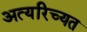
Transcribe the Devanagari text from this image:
अत्यरिच्यत